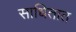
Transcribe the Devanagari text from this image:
साधितात